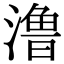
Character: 澛